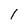
Character: 1